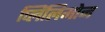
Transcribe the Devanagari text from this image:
प्लिंलिमोन